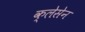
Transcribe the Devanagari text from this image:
क्लेसेन